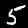
Label: 5